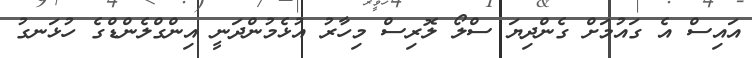
އައިސް އެ ގައުމަށް ގެންދިޔަ ސްލޯ ލޮރިސް މިހާރު އުޅެމުންދަނީ އިންގްލެންޑްގެ ހުޅަނގު